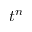
t ^ { n }